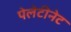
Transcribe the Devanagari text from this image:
पेलेटीनेट